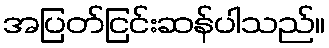
အပြတ်ငြင်းဆန်ပါသည်။